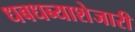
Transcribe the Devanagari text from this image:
धबधब्याशेजारी